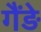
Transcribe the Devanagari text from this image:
गैंड़े